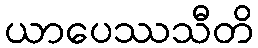
ယာပေဿသီတိ